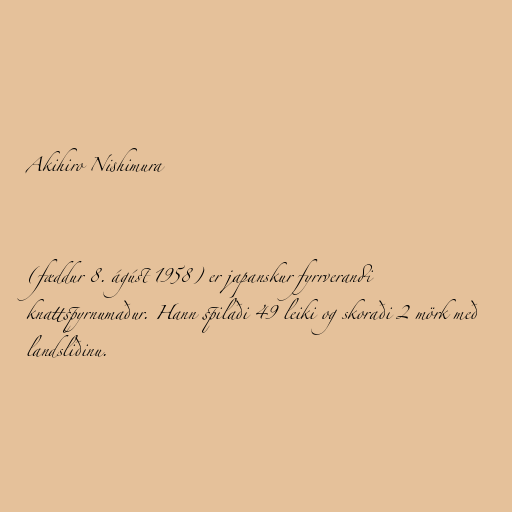
Akihiro Nishimura

(fæddur 8. ágúst 1958) er japanskur fyrrverandi
knattspyrnumaður. Hann spilaði 49 leiki og skoraði 2 mörk með
landsliðinu.